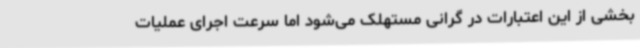
بخشی از این اعتبارات در گرانی مستهلک می‌شود اما سرعت اجرای عملیات